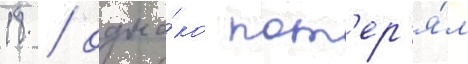
18 / одна́ко пот'ер'я́л